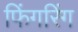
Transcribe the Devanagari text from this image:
फिंगरिंग